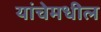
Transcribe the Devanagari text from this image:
यांचेमधील